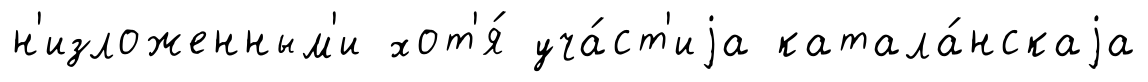
н'изложенным'и хот'я́ уча́ст'иjа катала́нскаjа